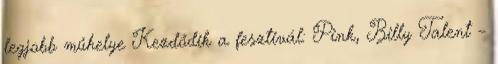
legjobb műhelye Kezdődik a fesztivál: Pink, Billy Talent –